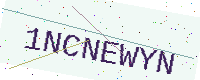
Text: 1NCNEWYN